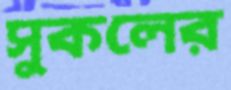
সুকলের